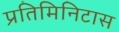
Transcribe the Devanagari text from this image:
प्रतिमिनिटास